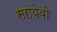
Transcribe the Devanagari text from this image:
सरायेवो